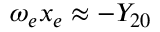
\omega _ { e } x _ { e } \approx - Y _ { 2 0 }